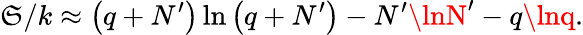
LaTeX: \mathfrak{S}/k\approx\left(q+N^{\prime}\right)\ln\left(q+N^{\prime}\right)-N^{\prime}\lnN^{\prime}-q\lnq.